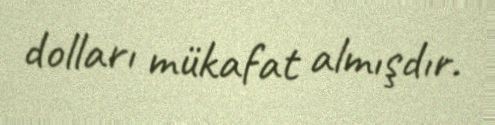
dolları mükafat almışdır.